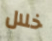
خلال